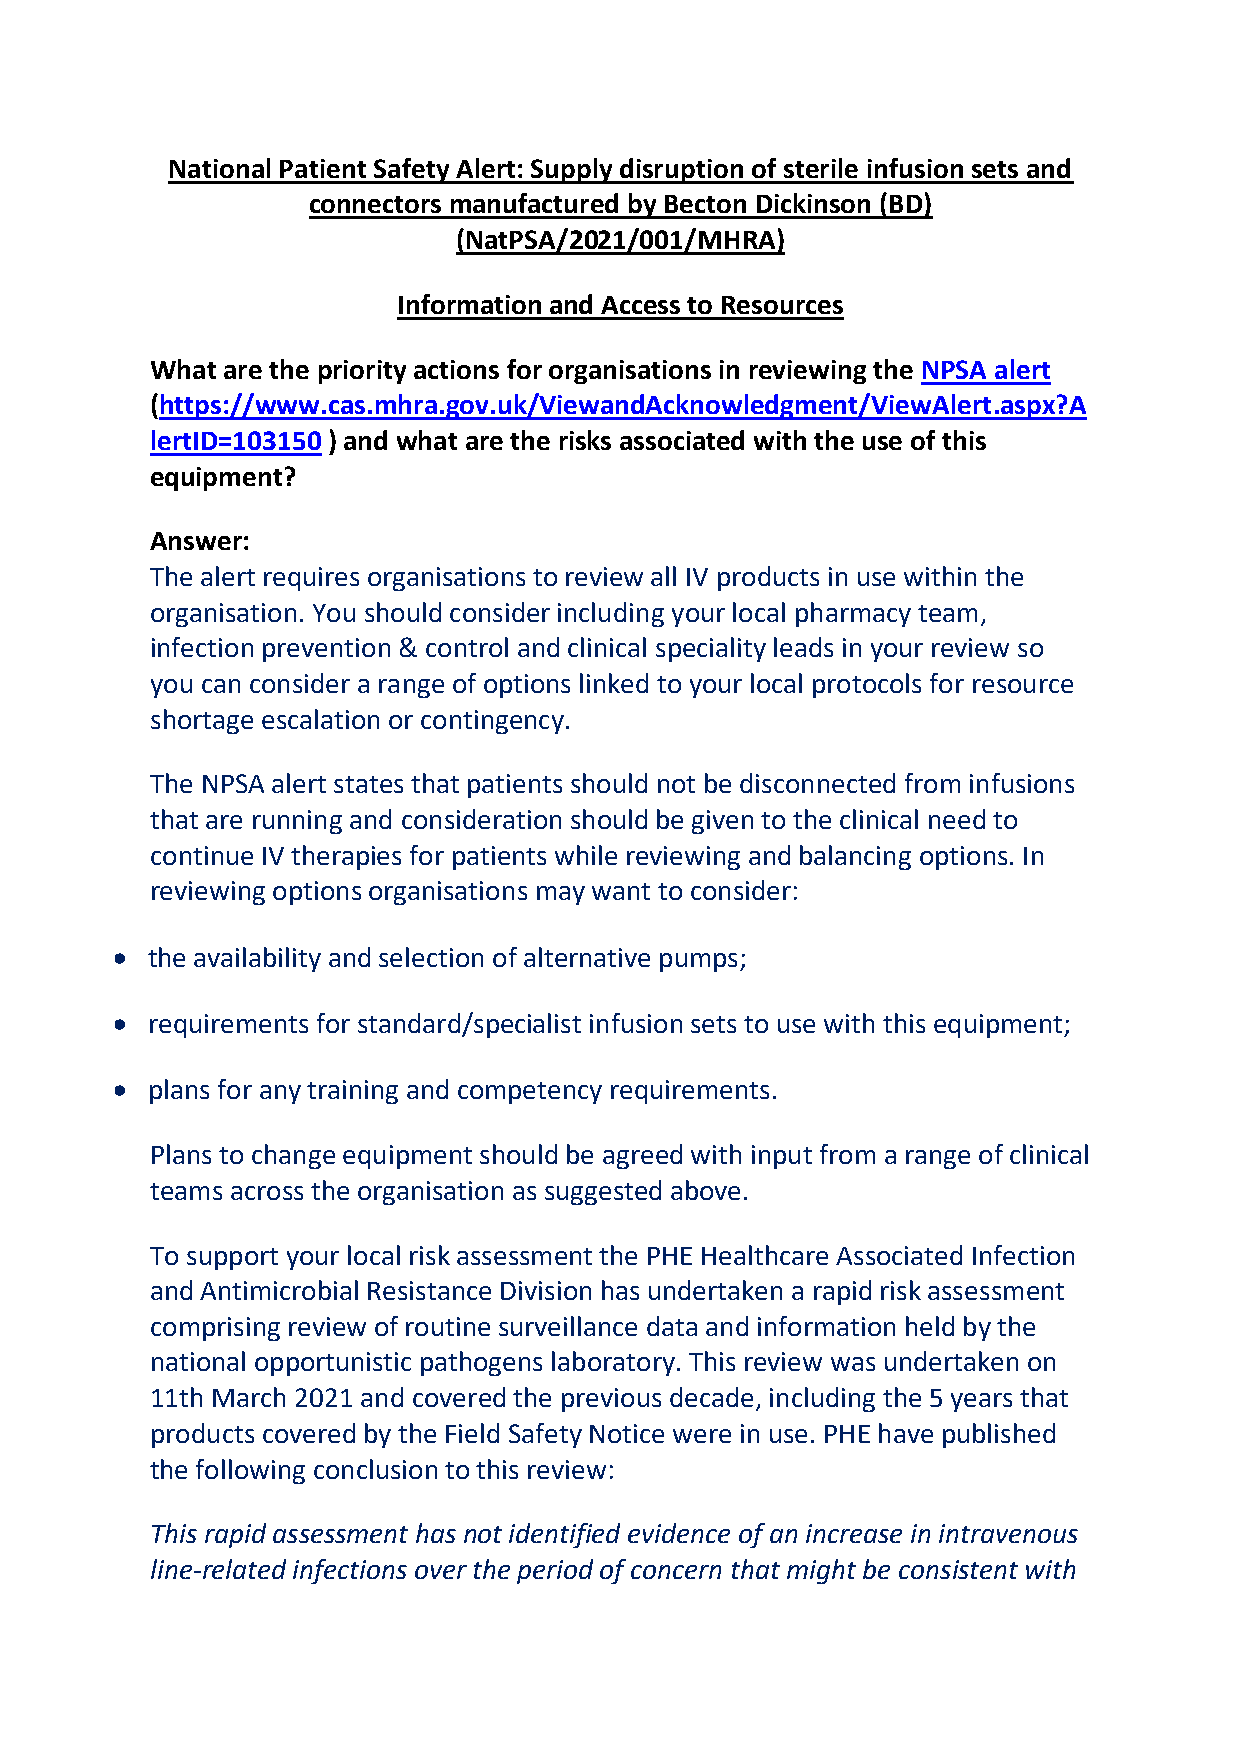
National Patient Safety Alert: Supply disruption of sterile infusion sets and
 connectors manufactured by Becton Dickinson (BD)
 (NatPSA/2021/001/MHRA)
 Information and Access to Resources
 What are the priority actions for organisations in reviewing the NPSA alert
 (https://www.cas.mhra.gov.uk/ViewandAcknowledgment/ViewAlert.aspx?A
 lertID=103150 ) and what are the risks associated with the use of this
 equipment?
 Answer:
 The alert requires organisations to review all IV products in use within the
 organisation. You should consider including your local pharmacy team,
 infection prevention & control and clinical speciality leads in your review so
 you can consider a range of options linked to your local protocols for resource
 shortage escalation or contingency.
 The NPSA alert states that patients should not be disconnected from infusions
 that are running and consideration should be given to the clinical need to
 continue IV therapies for patients while reviewing and balancing options. In
 reviewing options organisations may want to consider:
   the availability and selection of alternative pumps;
   requirements for standard/specialist infusion sets to use with this equipment;
   plans for any training and competency requirements.
 Plans to change equipment should be agreed with input from a range of clinical
 teams across the organisation as suggested above.
 To support your local risk assessment the PHE Healthcare Associated Infection
 and Antimicrobial Resistance Division has undertaken a rapid risk assessment
 comprising review of routine surveillance data and information held by the
 national opportunistic pathogens laboratory. This review was undertaken on
 11th March 2021 and covered the previous decade, including the 5 years that
 products covered by the Field Safety Notice were in use. PHE have published
 the following conclusion to this review:
 This rapid assessment has not identified evidence of an increase in intravenous
 line-related infections over the period of concern that might be consistent with